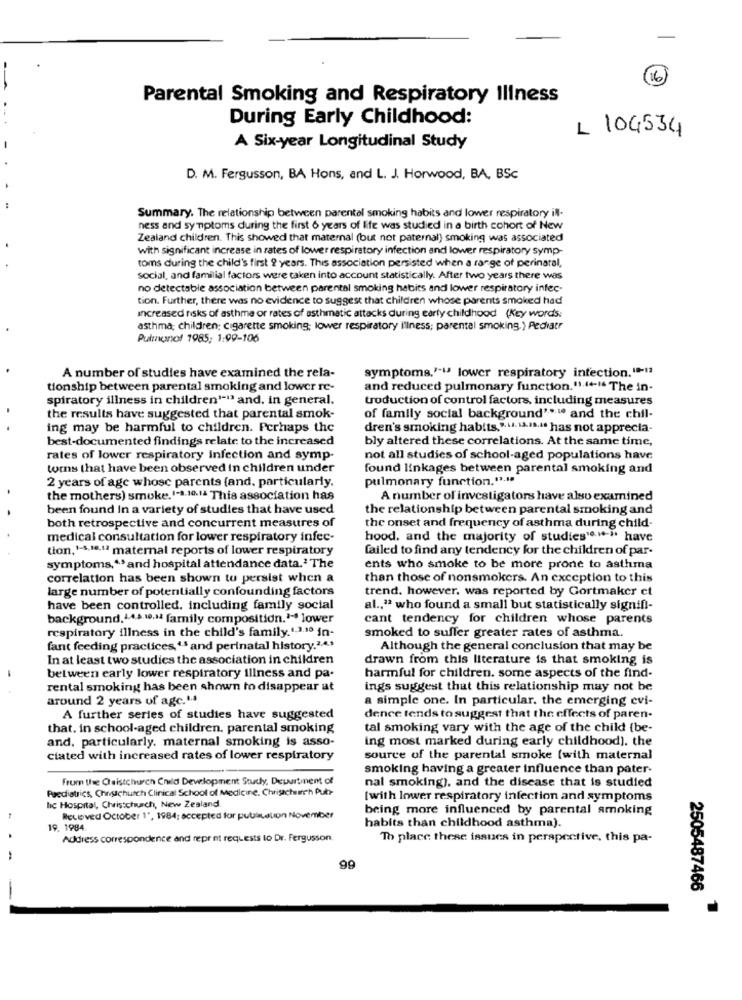
(16)
Parental Smoking and Respiratory Illness
During Early Childhood:
L 104534
A Six-year Longitudinal Study
D. M. Fergusson, BA Hons, and L. J. Horwood, BA, BSc
Summary. The relationship between parentel smoking habits and lower respiratory ill-
ness and symptoms during the first 6 years of life was studied in a birth cohort of New
Zealand children. This showed that maternal (but not paternal) smoking was associated
with significant increase in rates of lower respiratory infection and lower respiratory symp-
toms during the child's first 9 years. This association persisted when a range of perinatal,
social, and familial factors were taken into account statistically. After two years there was
no detectable association between parental smoking habits and lower respiratory infec-
tion. Further, there was no evidence to suggest that children whose parents smoked had
Increased risks of asthma or rates of asthmatic attacks during early childhood (Key words:
asthma; children; cigarette smoking; lower respiratory illness; parental smoking. ) Pediatr
Pulmonof 1985; 1:99-106
symptoms,'"" lower respiratory intection. 1-13
A number of studies have examined the rela-
tionship between parental smoking and lower re-
and reduced pulmonary function."1.4+-"* The in-
spiratory illness in children'-13 and. in general.
troduction of control factors, including measures
the results have suggested that parental smok-
of family social background"*". and the chil-
ing may be harmful to children. Perhaps the
dren's smoking habits," .... 1 ..... it has not apprecia-
best-documented findings relate to the increased
bly altered these correlations. At the same time,
rates of lower respiratory infection and symp-
not all studies of school-aged populations have
torns that have been observed in children under
found linkages between parental smoking and
2 years of age whose parents (and, particularly.
pulmonary function.".1ª
the mothers) smoke.1-3.10.1- This association has
A number of investigators have also examined
been found In a variety of studies that have used
the relationship between parental smoking and
both retrospective and concurrent measures of
the onset and frequency of asthma during child-
medical consultation for lower respiratory infec-
hood, and the majority of studies"."" have
tion,1-3,18.12 maternal reports of lower respiratory
failed to find any tendency for the children of par-
symptoms ,** and hospital attendance data.ª The
ents who smoke to be more prone to asthma
correlation has been shown to persist when a
than those of nonsmokers. An exception to this
large number of potentially confounding factors
trend. however, was reported by Gortmaker ct
have been controlled, including family social
al ., "* who found a small but statistically signifi-
background.4.4.8.10,14 farnily composition .*** lower
cant tendency for children whose parents
respiratory illness in the child's family.1.3.10 in-
smoked to suffer greater rates of asthma.
fant feeding practices,'s and perinatal history.2.4.3
Although the general conclusion that may be
In at least two studies the association in children
drawn from this literature is that smoking is
between early lower respiratory illness and pa-
harmful for children. some aspects of the find-
rental smoking has been shown to disappear at
ings suggest that this relationship may not be
around 2 years of age.1.4
a simple one. In particular. the emerging evi-
A further series of studies have suggested
dence tends to suggest that the effects of paren-
that. in school-aged children. parental smoking
tal smoking vary with the age of the child (be-
and. particularly. maternal smoking is asso-
ing most marked during early childhood). the
ciated with increased rates of lower respiratory
source of the parental smoke (with maternal
smoking having a greater influence than pater-
From the Caistchurch Child Development Study, Department of
nal smoking), and the disease that is studied
Paediatrics. Chovuchurch Clinical School of Medicine. Christchurch Pub-
[with lower respiratory infection and symptoms
hc Hospital, Christchurch, New Zealand
being more influenced by parental smoking
Receved October 1", 1984; accepted for publication November
habits than childhood asthma).
19. 1984.
Address correspondence and reprint requests to Dr. Fergusson.
Th place these issues in perspective, this pa-
99
2505487466